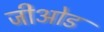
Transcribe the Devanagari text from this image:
जीओड